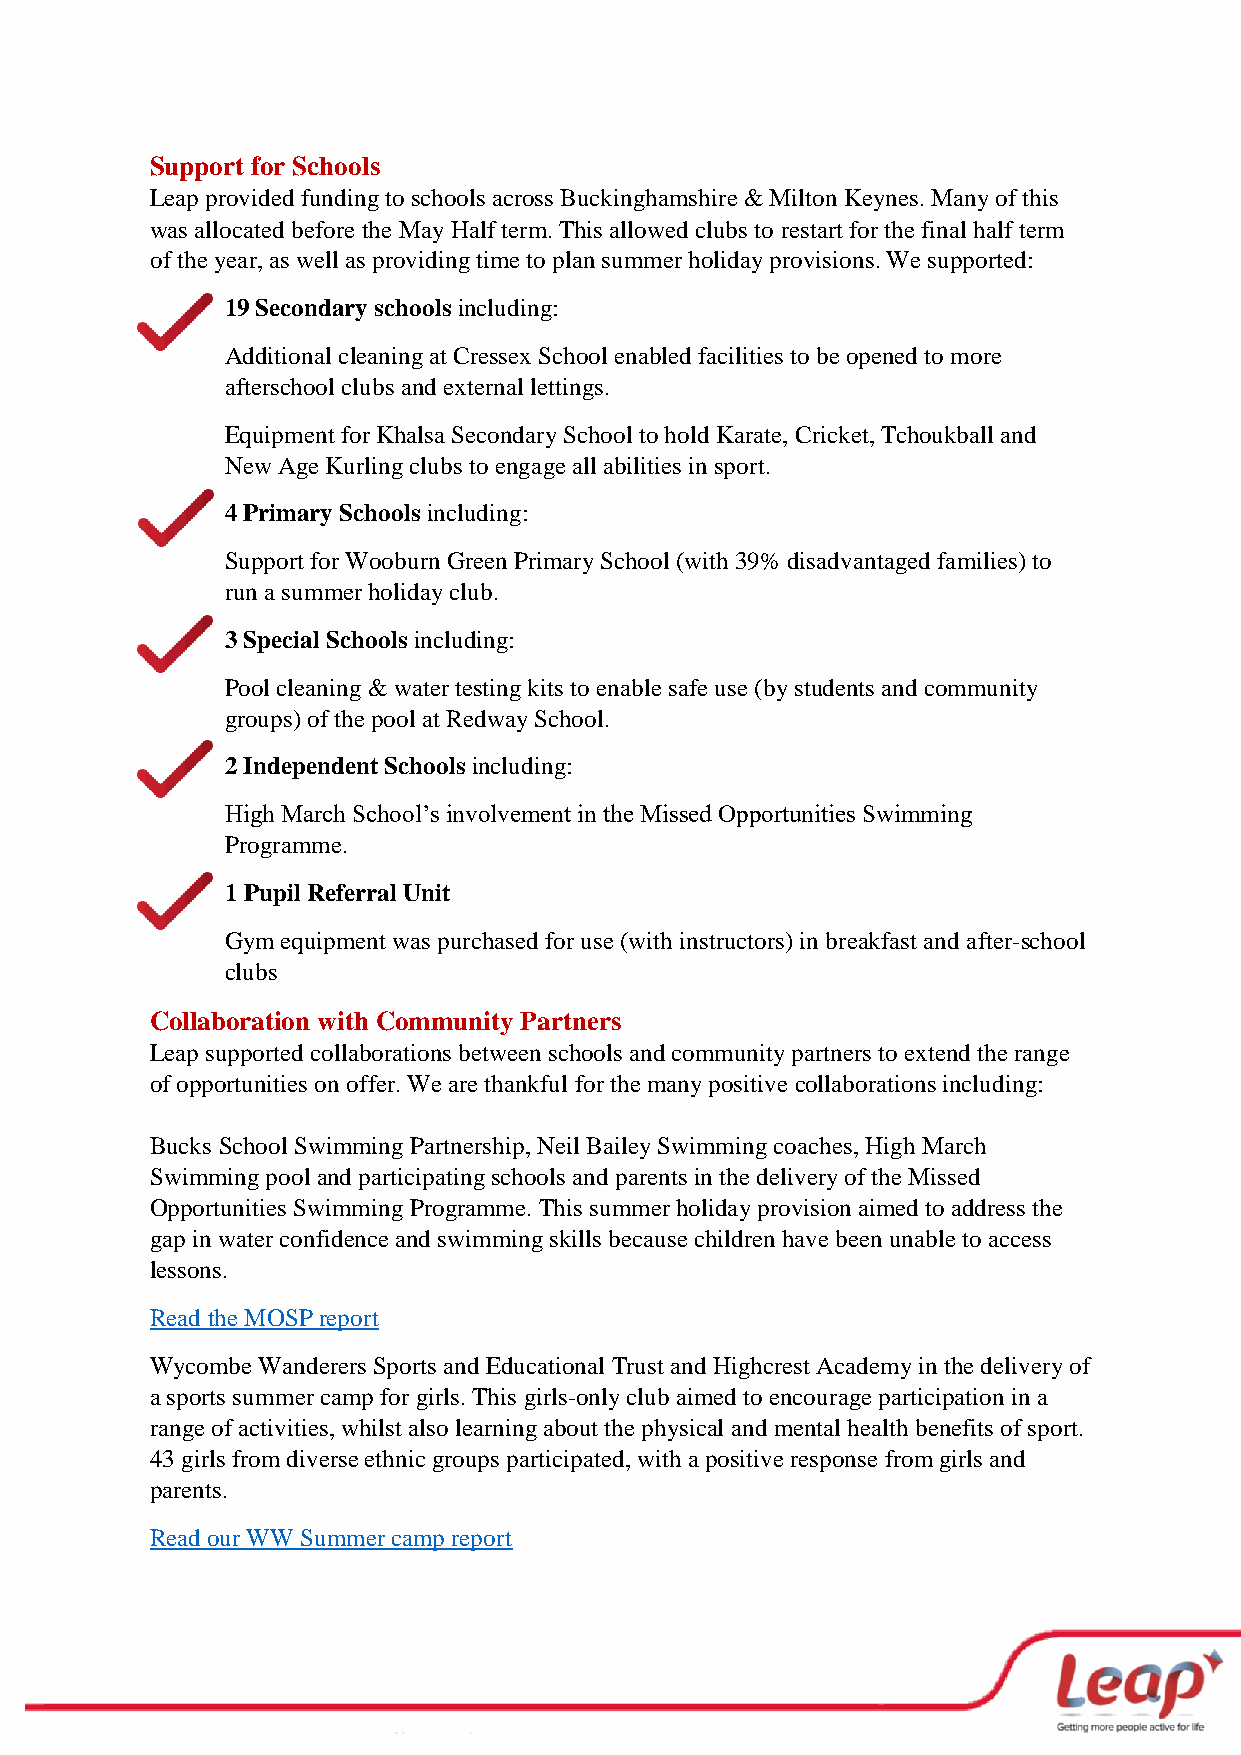
Support for Schools
 Leap provided funding to schools across Buckinghamshire & Milton Keynes. Many of this
 was allocated before the May Half term. This allowed clubs to restart for the final half term
 of the year, as well as providing time to plan summer holiday provisions. We supported:
 19 Secondary schools including:
 Additional cleaning at Cressex School enabled facilities to be opened to more
 afterschool clubs and external lettings.
 Equipment for Khalsa Secondary School to hold Karate, Cricket, Tchoukball and
 New Age Kurling clubs to engage all abilities in sport.
 4 Primary Schools including:
 Support for Wooburn Green Primary School (with 39% disadvantaged families) to
 run a summer holiday club.
 3 Special Schools including:
 Pool cleaning & water testing kits to enable safe use (by students and community
 groups) of the pool at Redway School.
 2 Independent Schools including:
 High March School’s involvement in the Missed Opportunities Swimming
 Programme.
 1 Pupil Referral Unit
 Gym equipment was purchased for use (with instructors) in breakfast and after-school
 clubs
 Collaboration with Community Partners
 Leap supported collaborations between schools and community partners to extend the range
 of opportunities on offer. We are thankful for the many positive collaborations including:
 Bucks School Swimming Partnership, Neil Bailey Swimming coaches, High March
 Swimming pool and participating schools and parents in the delivery of the Missed
 Opportunities Swimming Programme. This summer holiday provision aimed to address the
 gap in water confidence and swimming skills because children have been unable to access
 lessons.
 Read the MOSP report
 Wycombe Wanderers Sports and Educational Trust and Highcrest Academy in the delivery of
 a sports summer camp for girls. This girls-only club aimed to encourage participation in a
 range of activities, whilst also learning about the physical and mental health benefits of sport.
 43 girls from diverse ethnic groups participated, with a positive response from girls and
 parents.
 Read our WW Summer camp report